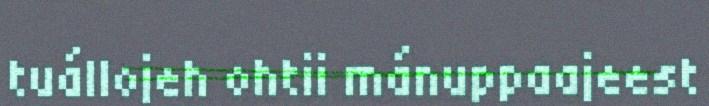
tuállojeh ohtii mánuppaajeest